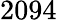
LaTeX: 2094